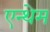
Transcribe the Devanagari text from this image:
एन्थेम